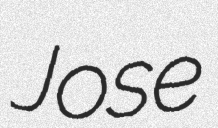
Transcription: Jose